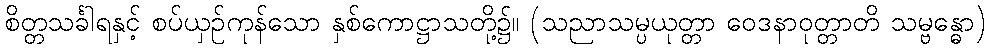
စိတ္တသင်္ခါရနှင့် စပ်ယှဉ်ကုန်သော နှစ်ကောဋ္ဌာသတို့၌။ (သညာသမ္ပယုတ္တာ ဝေဒနာဝုတ္တာတိ သမ္ဗန္ဓော)